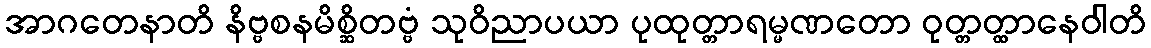
အာဂတေနာတိ နိဗ္ဗစနမိစ္ဆိတဗ္ဗံ သုဝိညာပယာ ပုထုတ္တာရမ္မဏတော ဝုတ္တတ္ထာနေဝါတိ